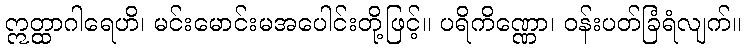
ဣတ္ထာဂါရေဟိ၊ မင်းမောင်းမအပေါင်းတို့ဖြင့်။ ပရိကိဏ္ဏော၊ ဝန်းပတ်ခြံရံလျက်။